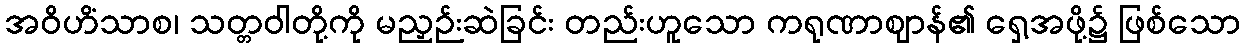
အဝိဟိံသာစ၊ သတ္တဝါတို့ကို မညှဉ်းဆဲခြင်း တည်းဟူသော ကရုဏာဈာန်၏ ရှေ့အဖို့၌ ဖြစ်သော